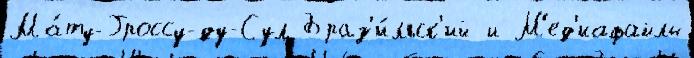
Ма́ту-Гроссу-ду-Сул Браз'и́льск'ий и М'ед'иафайлы